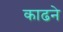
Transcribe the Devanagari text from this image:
काढने